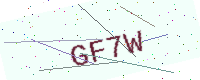
Text: GF7W